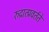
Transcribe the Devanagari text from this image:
रुद्रात्प्रवर्तते